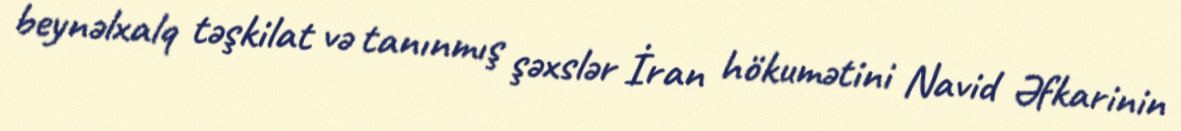
beynəlxalq təşkilat və tanınmış şəxslər İran hökumətini Navid Əfkarinin